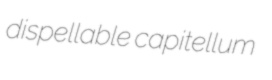
dispellable capitellum